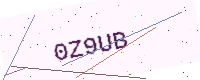
Text: 0Z9UB